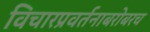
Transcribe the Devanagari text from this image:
विचारप्रवर्तनाबरोबरच